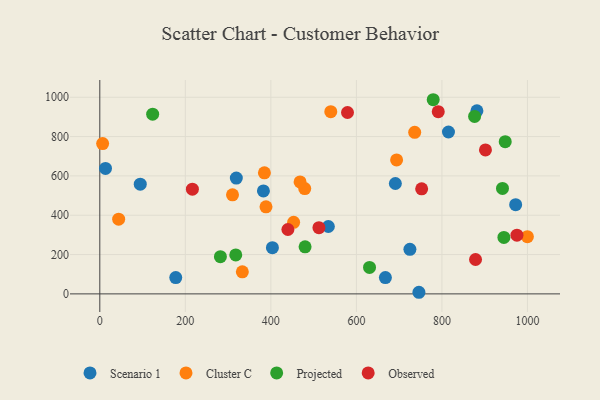
{"axis": {"x": "Investment", "y": "Salary"}, "legend": ["Cluster C", "Observed", "Projected", "Scenario 1"], "data": [{"x": "725.1", "y": 226.6, "type": "Scenario 1"}, {"x": "534.4", "y": 342.6, "type": "Scenario 1"}, {"x": "667.8", "y": 83.0, "type": "Scenario 1"}, {"x": "972.4", "y": 453.5, "type": "Scenario 1"}, {"x": "177.6", "y": 83.2, "type": "Scenario 1"}, {"x": "815.3", "y": 823.3, "type": "Scenario 1"}, {"x": "13.3", "y": 637.8, "type": "Scenario 1"}, {"x": "746.2", "y": 8.2, "type": "Scenario 1"}, {"x": "94.6", "y": 558.0, "type": "Scenario 1"}, {"x": "691.1", "y": 561.3, "type": "Scenario 1"}, {"x": "881.8", "y": 930.9, "type": "Scenario 1"}, {"x": "403.6", "y": 235.1, "type": "Scenario 1"}, {"x": "319.2", "y": 589.2, "type": "Scenario 1"}, {"x": "382.6", "y": 523.6, "type": "Scenario 1"}, {"x": "6.6", "y": 764.4, "type": "Cluster C"}, {"x": "453.2", "y": 363.7, "type": "Cluster C"}, {"x": "333.3", "y": 112.1, "type": "Cluster C"}, {"x": "479.2", "y": 535.4, "type": "Cluster C"}, {"x": "736.3", "y": 821.8, "type": "Cluster C"}, {"x": "999.8", "y": 290.7, "type": "Cluster C"}, {"x": "384.9", "y": 615.7, "type": "Cluster C"}, {"x": "44.1", "y": 379.8, "type": "Cluster C"}, {"x": "310.3", "y": 503.6, "type": "Cluster C"}, {"x": "388.6", "y": 442.6, "type": "Cluster C"}, {"x": "694.0", "y": 681.2, "type": "Cluster C"}, {"x": "468.3", "y": 569.4, "type": "Cluster C"}, {"x": "540.1", "y": 926.5, "type": "Cluster C"}, {"x": "282.0", "y": 189.0, "type": "Projected"}, {"x": "944.9", "y": 287.1, "type": "Projected"}, {"x": "779.6", "y": 987.4, "type": "Projected"}, {"x": "948.0", "y": 774.1, "type": "Projected"}, {"x": "941.6", "y": 536.3, "type": "Projected"}, {"x": "317.9", "y": 198.0, "type": "Projected"}, {"x": "630.7", "y": 134.5, "type": "Projected"}, {"x": "876.4", "y": 902.4, "type": "Projected"}, {"x": "123.6", "y": 914.0, "type": "Projected"}, {"x": "480.0", "y": 239.3, "type": "Projected"}, {"x": "901.8", "y": 732.2, "type": "Observed"}, {"x": "512.4", "y": 336.6, "type": "Observed"}, {"x": "439.8", "y": 327.5, "type": "Observed"}, {"x": "216.5", "y": 532.4, "type": "Observed"}, {"x": "878.6", "y": 174.8, "type": "Observed"}, {"x": "579.2", "y": 922.5, "type": "Observed"}, {"x": "791.4", "y": 926.6, "type": "Observed"}, {"x": "975.4", "y": 298.8, "type": "Observed"}, {"x": "752.6", "y": 534.2, "type": "Observed"}]}